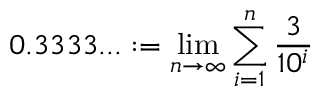
0 . 3 3 3 3 . . . : = \operatorname* { l i m } _ { n \to \infty } \sum _ { i = 1 } ^ { n } { \frac { 3 } { 1 0 ^ { i } } }